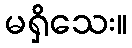
မရှိသေး။